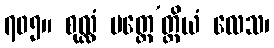
၇၀၅။ စုလ္လံ မတ္တေ’တ္ထိယံ လေသ၊